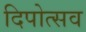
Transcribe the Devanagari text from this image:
दिपोत्सव